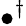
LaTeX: \bullet^{\dagger}